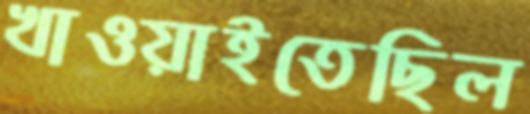
খাওয়াইতেছিল